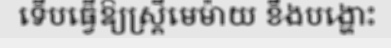
ទើបធ្វើឱ្យស្ត្រីមេម៉ាយ ខឹងបង្ហោះ